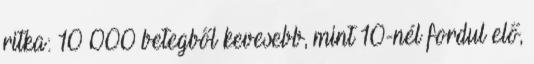
ritka: 10 000 betegből kevesebb, mint 10-nél fordul elő,